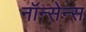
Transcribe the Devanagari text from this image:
नॉन्सेन्स